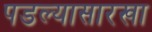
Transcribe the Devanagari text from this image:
पडल्यासारखा